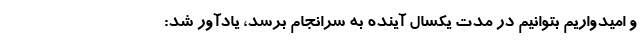
و امیدواریم بتوانیم در مدت یکسال آینده به سرانجام برسد، یادآور شد: